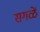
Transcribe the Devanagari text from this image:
सगळें